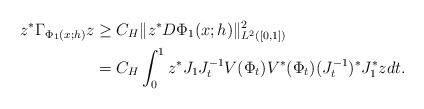
LaTeX: \begin{align*}z^{*}\Gamma_{\Phi_{1}(x;h)}z & \geq C_{H}\|z^{*}D\Phi_{1}(x;h)\|_{L^{2}([0,1])}^{2}\\ & =C_{H}\int_{0}^{1}z^{*}J_{1}J_{t}^{-1}V(\Phi_{t})V^{*}(\Phi_{t})(J_{t}^{-1})^{*}J_{1}^{*}zdt. \end{align*}